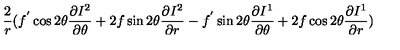
\frac { 2 } { r } ( f ^ { ' } \cos 2 \theta \frac { \partial I ^ { 2 } } { \partial \theta } + 2 f \sin 2 \theta \frac { \partial I ^ { 2 } } { \partial r } - f ^ { ' } \sin 2 \theta \frac { \partial I ^ { 1 } } { \partial \theta } + 2 f \cos 2 \theta \frac { \partial I ^ { 1 } } { \partial r } ) \nonumber